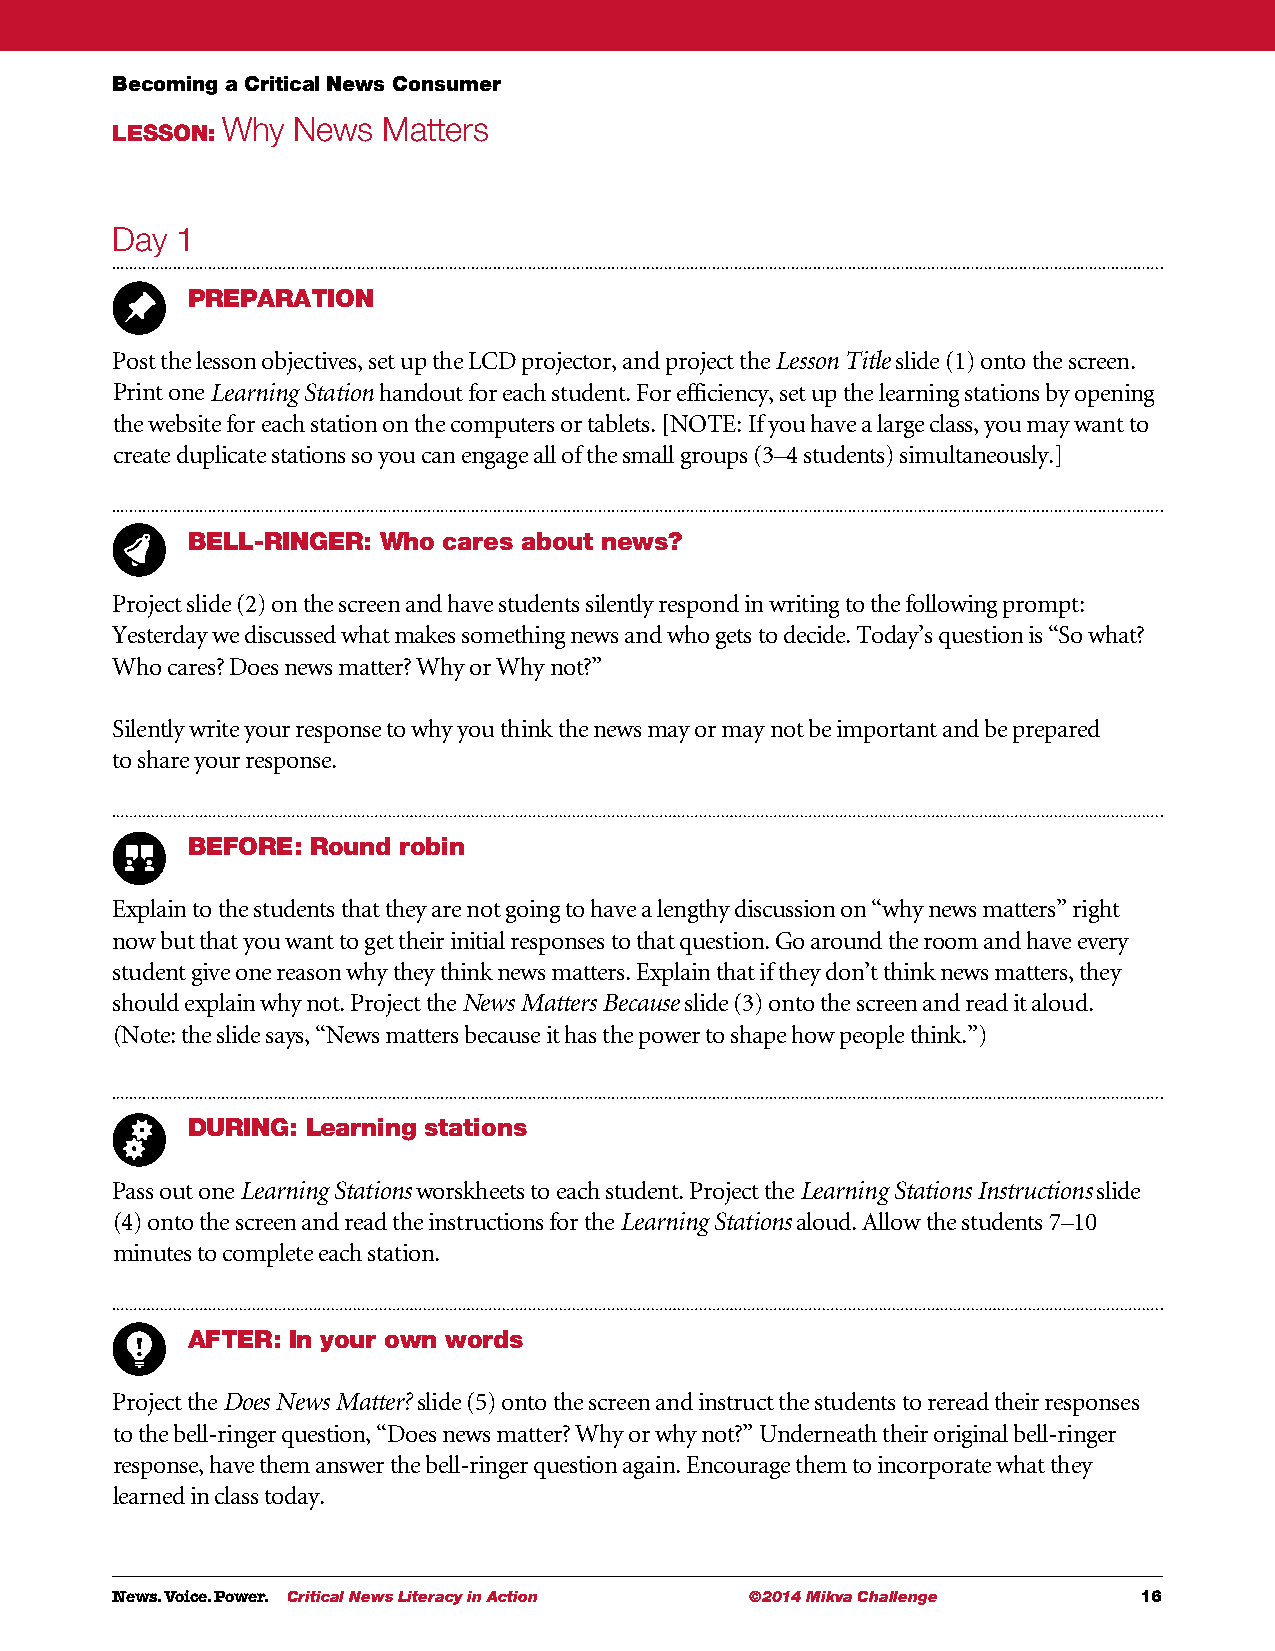
Becoming a Critical News Consumer
 Why News  Matters
 LESSON:
 Day  1
 PREPARATION
 Post the lesson objectives, set up the LCD projector, and project the Lesson Title slide (1) onto the screen.
 Print one Learning Station handout for each student. For efficiency, set up the learning stations by opening
 the website for each station on the computers or tablets. [NOTE: If you have a large class, you may want to
 create duplicate stations so you can engage all of the small groups (3–4 students) simultaneously.]
 BELL-RINGER: Who cares about news?
 Project slide (2) on the screen and have students silently respond in writing to the following prompt:
 Yesterday we discussed what makes something news and who gets to decide. Today’s question is “So what?
 Who cares? Does news matter? Why or Why not?”
 Silently write your response to why you think the news may or may not be important and be prepared
 to share your response.
 BEFORE:  Round robin
 Explain to the students that they are not going to have a lengthy discussion on “why news matters” right
 now but that you want to get their initial responses to that question. Go around the room and have every
 student give one reason why they think news matters. Explain that if they don’t think news matters, they
 should explain why not. Project the News Matters Because slide (3) onto the screen and read it aloud.
 (Note: the slide says, “News matters because it has the power to shape how people think.”)
 DURING: Learning stations
 Pass out one Learning Stations worskheets to each student. Project the Learning Stations Instructions slide
 (4) onto the screen and read the instructions for the Learning Stations aloud. Allow the students 7–10
 minutes to complete each station.
 AFTER: In your own words
 Project the Does News Matter? slide (5) onto the screen and instruct the students to reread their responses
 to the bell-ringer question, “Does news matter? Why or why not?” Underneath their original bell-ringer
 response, have them answer the bell-ringer question again. Encourage them to incorporate what they
 learned in class today.
 News. Voice. Power. Critical News Literacy in Action ©2014 Mikva Challenge 16